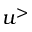
u ^ { > }